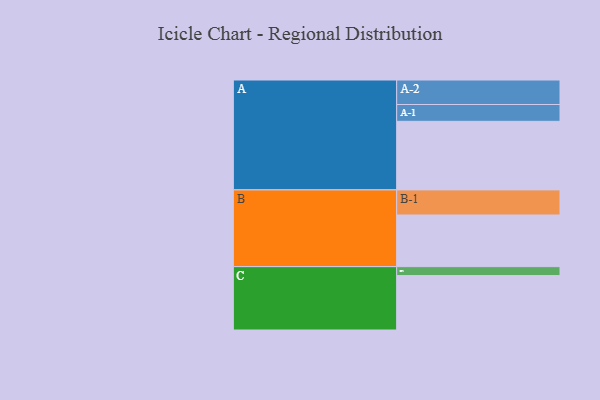
{"axis": {"x": "Segment", "y": "Value"}, "legend": ["", "A", "B", "C"], "data": [{"x": "A", "y": 579, "type": ""}, {"x": "B", "y": 436, "type": ""}, {"x": "C", "y": 460, "type": ""}, {"x": "A-1", "y": 142, "type": "A"}, {"x": "A-2", "y": 207, "type": "A"}, {"x": "B-1", "y": 212, "type": "B"}, {"x": "C-1", "y": 75, "type": "C"}]}